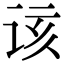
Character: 该